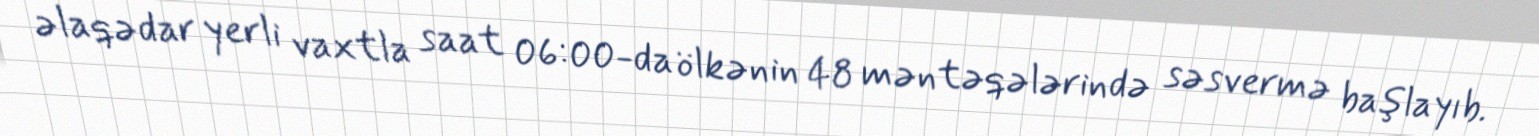
əlaqədar yerli vaxtla saat 06:00-da ölkənin 48 məntəqələrində səsvermə başlayıb.